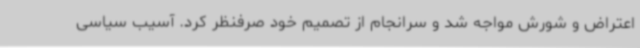
اعتراض و شورش مواجه شد و سرانجام از تصمیم خود صرفنظر کرد. آسیب سیاسی